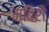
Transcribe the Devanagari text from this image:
म्बिरी